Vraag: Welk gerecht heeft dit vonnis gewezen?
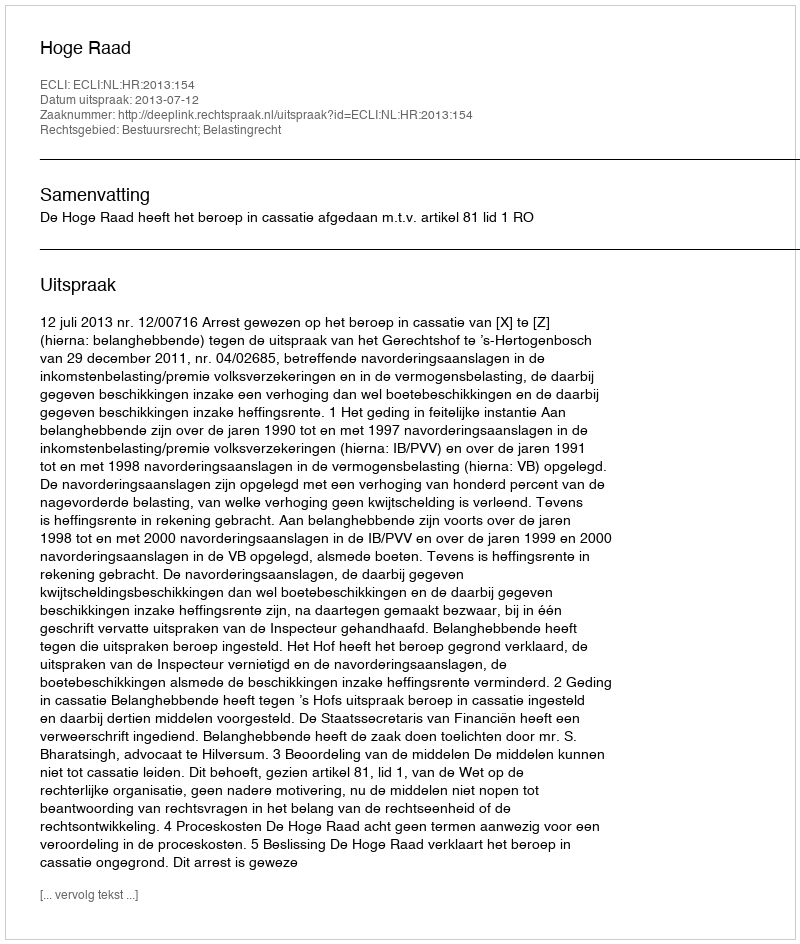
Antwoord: Hoge Raad